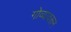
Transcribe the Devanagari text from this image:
गोव्यावरून